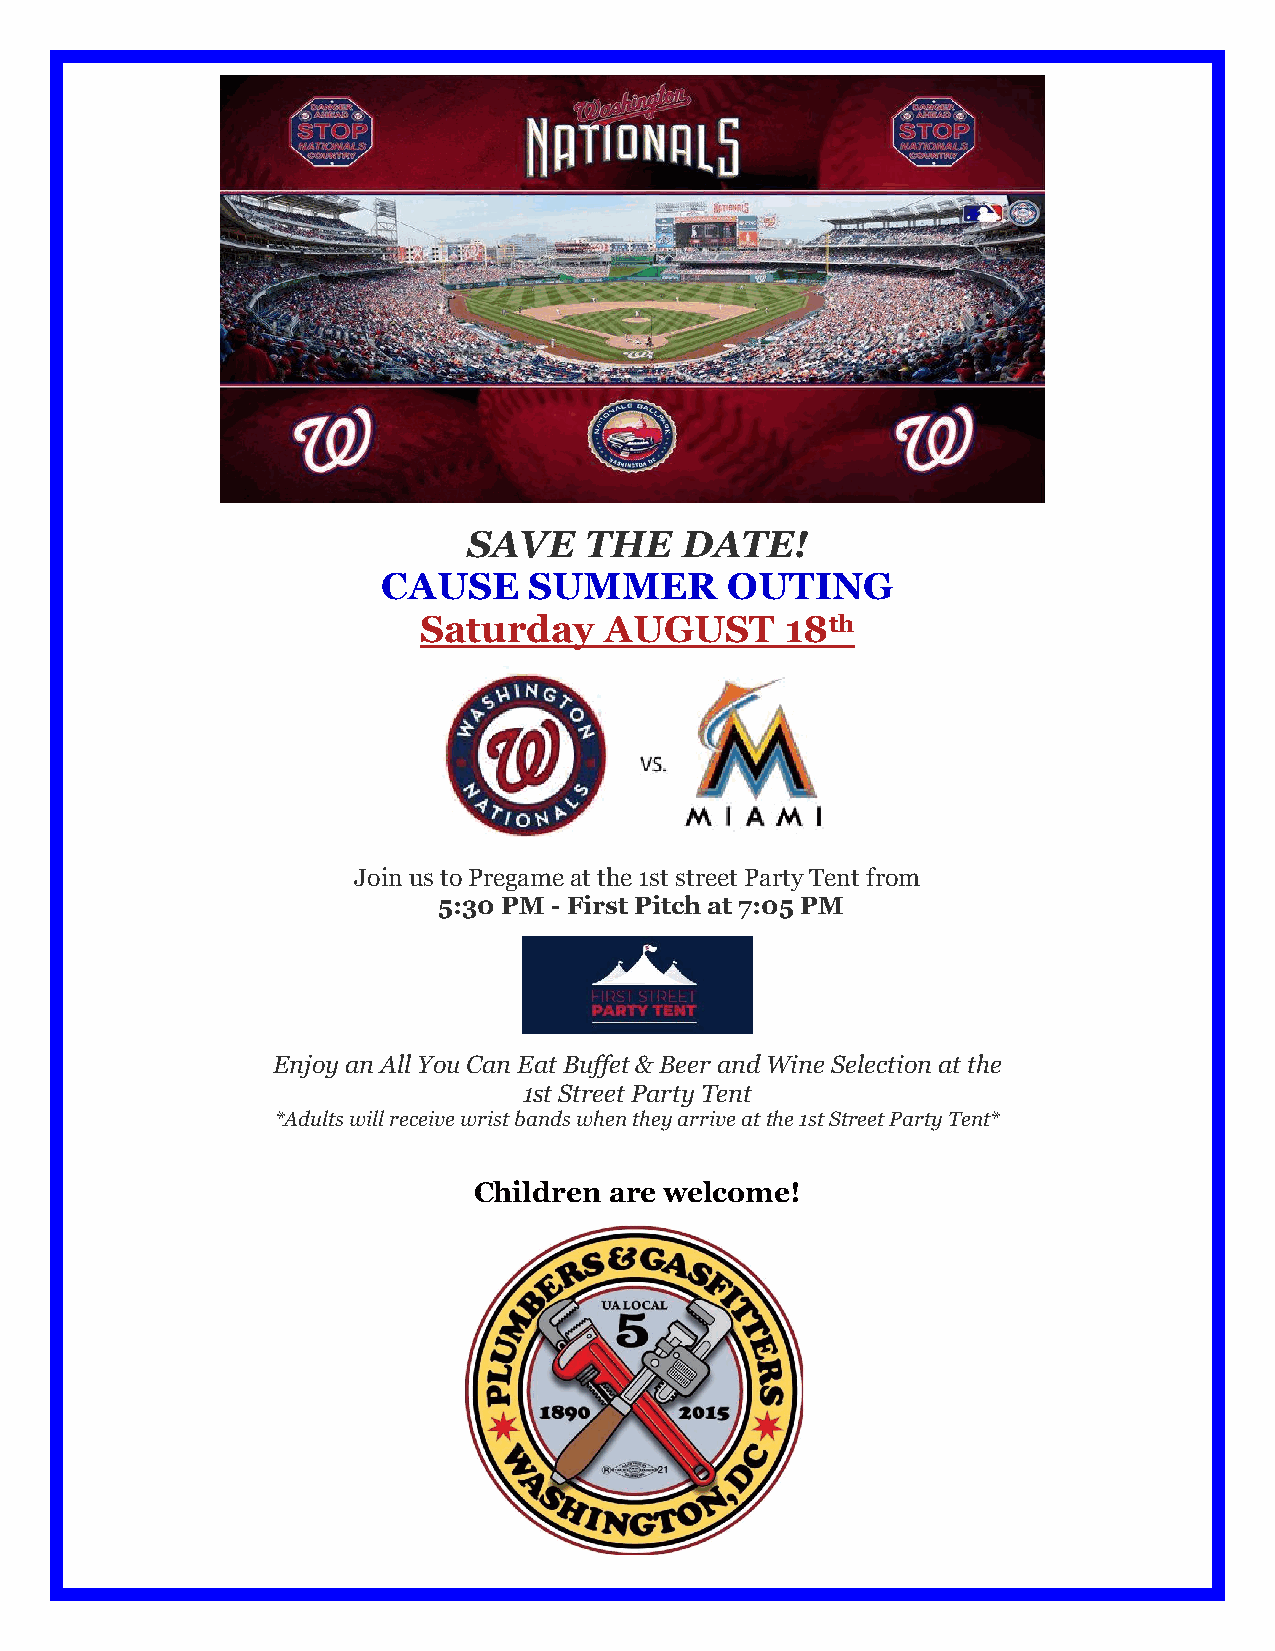
SAVE    THE   DATE!
 CAUSE     SUMMER       OUTING
 Saturday    AUGUST      18th
 Join us to Pregame at the 1st street Party Tent from
 5:30 PM - First Pitch at 7:05 PM
 Enjoy an All You Can Eat Buffet & Beer and Wine Selection at the
 1st Street Party Tent
 *Adults will receive wrist bands when they arrive at the 1st Street Party Tent*
 Children are welcome!